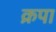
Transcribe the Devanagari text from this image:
क्रपा